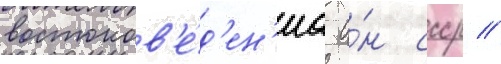
востоков'е́д'ен'иа а́н ссср //